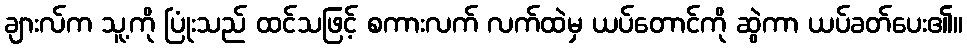
ချားလ်က သူ့ကို ပြုံးသည် ထင်သဖြင့် စကားလက် လက်ထဲမှ ယပ်တောင်ကို ဆွဲကာ ယပ်ခတ်ပေး၏။